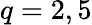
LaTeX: q=2,5